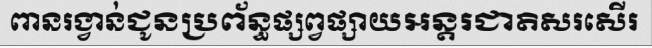
ពានរង្វាន់ជូនប្រព័ន្ធផ្សព្វផ្សាយអន្តរជាតិសរសើរ